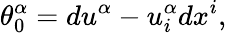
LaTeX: \theta_{0}^{\alpha}=du^{\alpha}-u_{i}^{\alpha}dx^{i},